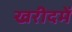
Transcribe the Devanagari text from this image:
खरीदमें